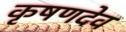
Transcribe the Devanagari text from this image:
कृषणदेव